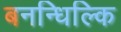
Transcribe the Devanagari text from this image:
बनन्धिल्कि